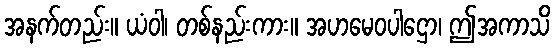
အနက်တည်း။ ယံဝါ၊ တစ်နည်းကား။ အဟမေဝပါဌော၊ ဤအကာသိ